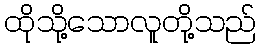
ထိုသို့သောလူတို့သည်